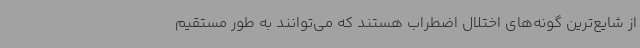
از شایع‌ترین گونه‌های اختلال اضطراب هستند که می‌توانند به طور مستقیم